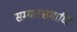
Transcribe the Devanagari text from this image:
सम्यक्समाधि